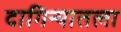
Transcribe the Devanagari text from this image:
दागिन्यातला